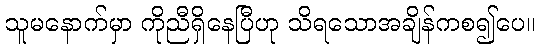
သူမနောက်မှာ ကိုညီရှိနေပြီဟု သိရသောအချိန်ကစ၍ပေ။